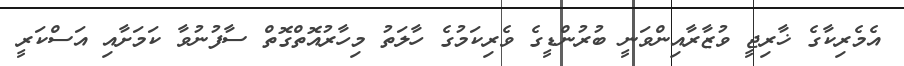
އެމެރިކާގެ ޚާރިޖީ ވުޒާރާއިންވަނީ ބުރުންޑީގެ ވެރިކަމުގެ ހާލަތު މިހާރުއޮތްގޮތް ސާފުނުވާ ކަމަށާއި އަސްކަރީ